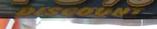
discount